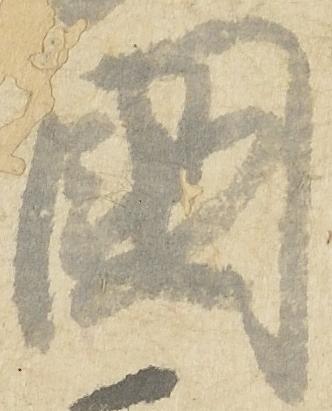
国